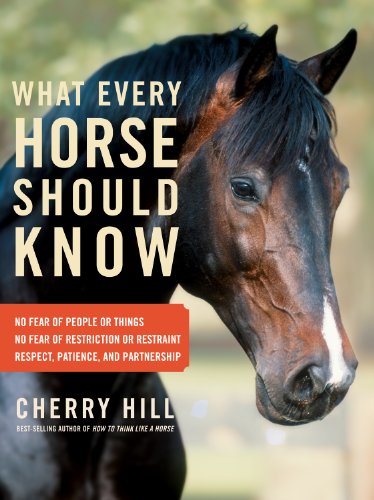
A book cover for What Every Horse Should Know: Respect, Patience, and Partnership, No Fear of People or Things, No Fear of Restriction or Restraint; Cherry Hill; Sports & Outdoors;